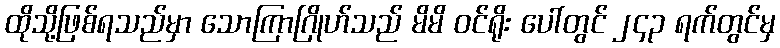
ထိုသို့ဖြစ်ရသည်မှာ သောကြာဂြိုဟ်သည် မိမိ ဝင်ရိုး ပေါ်တွင် ၂၄၃ ရက်တွင်မှ